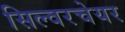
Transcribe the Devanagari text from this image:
सिल्वरचेयर